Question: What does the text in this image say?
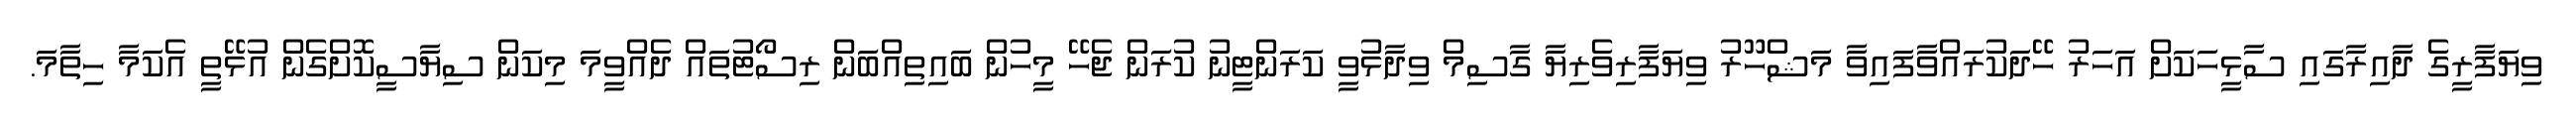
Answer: ވިޔަފާރީގެ ދާއިރާގައި ސާޅީހަކަށް އަހަރު ހޭދަކުރައްވާފައިވާ މަޝްހޫރު ވިޔަފާރިވެރިޔާ ގާސިމް ވިދާޅުވީ ކަރަންޓީނު ކުރަން ޖެހޭ މީހުން ބައިތިއްބަން ރިސޯޓުތައް ދެއްވީމަ މިކަން ސިޔާސީކޮށްގެން އުޅޭތީ އެކަމާ ހިތާމަ.